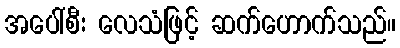
အပေါ်စီး လေသံဖြင့် ဆက်ဟောက်သည်။